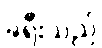
ခရီးသည်